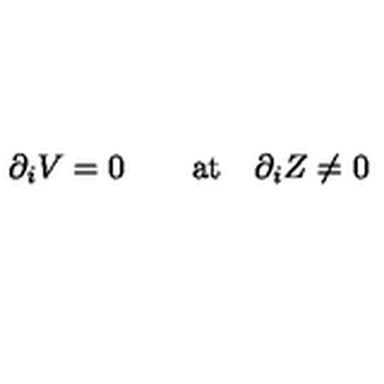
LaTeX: \partial _ { i } V = 0 \qquad \mathrm { a t } \quad \partial _ { i } Z \neq 0